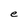
Character: e